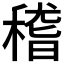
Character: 𥠻